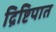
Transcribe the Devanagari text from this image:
द्रिष्टिपात